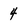
Character: 4